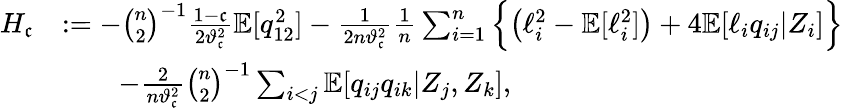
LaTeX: \begin{array}{rl}{H_{\mathfrak{c}}}&{:=-\binom{n}{2}^{-1}\frac{1-\mathfrak{c}}{2\vartheta_{\mathfrak{c}}^{2}}\mathbb{E}[q_{12}^{2}]-\frac{1}{2n\vartheta_{\mathfrak{c}}^{2}}\frac{1}{n}\sum_{i=1}^{n}\Big\{ \big(\ell_{i}^{2}-\mathbb{E}[\ell_{i}^{2}]\big)+4\mathbb{E}[\ell_{i}q_{ij}|Z_{i}]\Big\} }\\ &{\qquad-\frac{2}{n\vartheta_{\mathfrak{c}}^{2}}\binom{n}{2}^{-1}\sum_{i<j}\mathbb{E}[q_{ij}q_{ik}|Z_{j},Z_{k}],}\end{array}